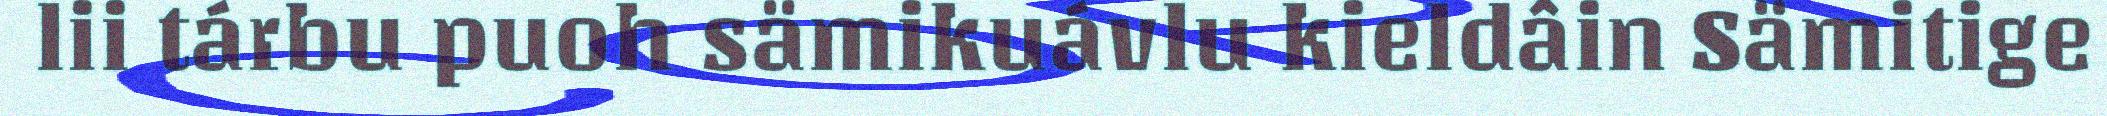
lii tárbu puoh sämikuávlu kieldâin Sämitige